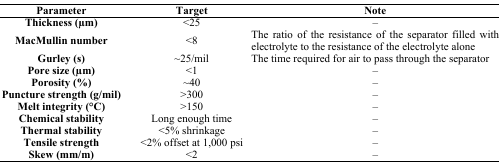
<table><thead><tr><td><b>Parameter</b></td><td><b>Target</b></td><td><b>Note</b></td></tr></thead><tbody><tr><td><b>Thickness (μm)</b></td><td>&lt;25</td><td>–</td></tr><tr><td><b>MacMullin number</b></td><td>&lt;8</td><td>The ratio of the resistance of the separator filled with electrolyte to the resistance of the electrolyte alone</td></tr><tr><td><b>Gurley (s)</b></td><td>~25/mil</td><td>The time required for air to pass through the separator</td></tr><tr><td><b>Pore size (μm)</b></td><td>&lt;1</td><td>–</td></tr><tr><td><b>Porosity (%)</b></td><td>~40</td><td>–</td></tr><tr><td><b>Puncture strength (g/mil)</b></td><td>&gt;300</td><td>–</td></tr><tr><td><b>Melt integrity (°C)</b></td><td>&gt;150</td><td>–</td></tr><tr><td><b>Chemical stability</b></td><td>Long enough time</td><td>–</td></tr><tr><td><b>Thermal stability</b></td><td>&lt;5% shrinkage</td><td>–</td></tr><tr><td><b>Tensile strength</b></td><td>&lt;2% offset at 1,000 psi</td><td>–</td></tr><tr><td><b>Skew (mm/m)</b></td><td>&lt;2</td><td>–</td></tr></tbody></table>